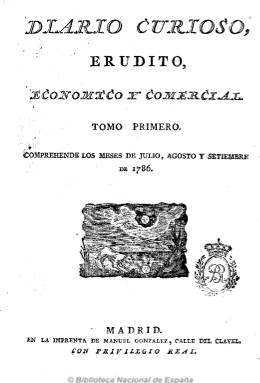
Título: Diario curioso, erudito, económico y comercial
Colección: Periódicos anteriores a 1850
Ámbito geográfico: Madrid
Lugar de publicación: Madrid
Fechas: 01/07/1786-31/12/1787

Se trata de la segunda época del diario que fundara el gran innovador del periodismo moderno en España, Francisco Mariano Nipho (1719-1803), que, tras su desaparición en 1781, reaparece bajo la dirección de uno de sus discípulos, el francés Jacques Thevin -Santiango Thewin-, al que se le concede el restablecimiento del Privilegio Real para su publicación, que lo hará en la imprenta de Manuel González.

También de cuatro páginas (algunas esporádicas ediciones, seis), será un diario que aparecerá incluso los domingos y días de fiesta, con objetivos y contenidos diferentes, totalmente renovado y más variado que su antecesor. Distingue también la opinión de la información, la primera impresa a una columna y la segunda a dos, y distribuida, asimismo, en secciones. Incluye artículos eruditos de historia, medicina, economía, literatura, agricultura, etc., y noticias sobre comercio, viajes, personajes, astronomía, meteorología, espectáculos y curiosidades. Su sección de “Noticias particulares de Madrid” es fuente importante para la historia de la ciudad.

Cada trimestre de la colección del Diario curioso forma un tomo y el número primero de cada uno de ellos incluye un índice de contenidos y de suscriptores.

A partir del primero de enero de 1788 y hasta 1825 cambiará su título por Diario de Madrid, y desde octubre de este último año hasta 1847, por Diario de avisos de Madrid. De nuevo, el uno de enero de 1847 inicia una nueva etapa que llega hasta 1917, con el título de Diario oficial de avisos de Madrid. Cada una de estas épocas integra su propia colección en la Biblioteca Nacional.